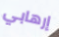
إرهابي